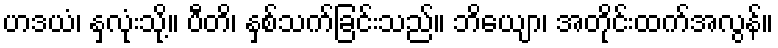
ဟဒယံ၊ နှလုံးသို့။ ပီတိ၊ နှစ်သက်ခြင်းသည်။ ဘိယျော၊ အတိုင်းထက်အလွန်။